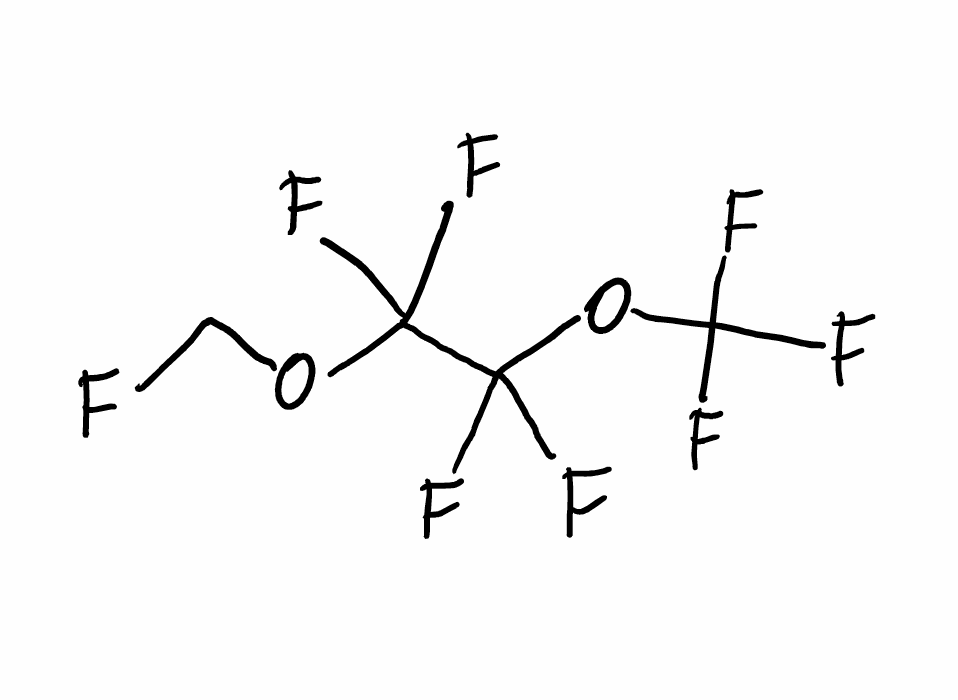
Simplified molecular-input line-entry system (SMILES) notation of the given molecule:
C(OC(C(OC(F)(F)F)(F)F)(F)F)F